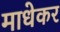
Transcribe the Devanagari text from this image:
माधेकर